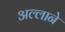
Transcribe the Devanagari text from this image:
अल्लाने